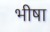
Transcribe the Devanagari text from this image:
भीषा